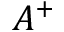
A ^ { + }